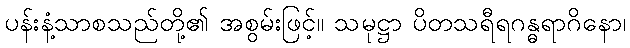
ပန်းနံ့သာစသည်တို့၏ အစွမ်းဖြင့်။ သမုဋ္ဌာ ပိတသရီရဂန္ဓရာဂိနော၊